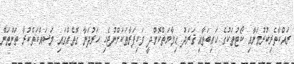
ރައްކާތެރިކުރުމަށާއި ކޯޓުތަކުގެ ހައިބަތާއި ޤަރަދު ޙިމާޔަތްކޮށްދީ ވަކިފަރާތަކަށްނުޖެހި ހަރުދަނާ ގޮތެއްގައި މަސައްކަތްކުރާ ތަންތަން